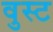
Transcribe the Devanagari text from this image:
वुस्ट